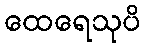
ထေရေသုပိ